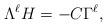
LaTeX: \begin{align*} \Lambda^{\ell} H = -C \Gamma^{\ell}, \end{align*}